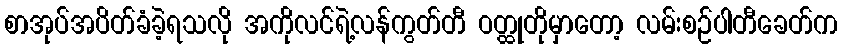
စာအုပ်အပိတ်ခံခဲ့ရသလို အကိုလင်ရဲ့လန်ကွတ်တီ ဝတ္ထုတိုမှာတော့ လမ်းစဉ်ပါတီခေတ်က